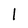
Character: 1